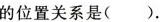
的位置关系是( ).